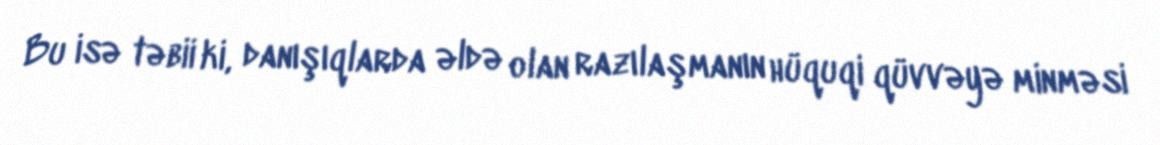
Bu isə təbii ki, danışıqlarda əldə olan razılaşmanın hüquqi qüvvəyə minməsi